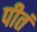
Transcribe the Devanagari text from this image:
पीतं